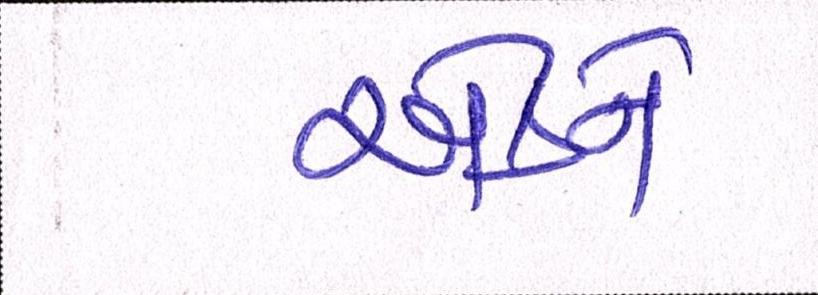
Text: એકને